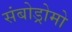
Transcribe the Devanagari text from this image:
संबोड्रोमो